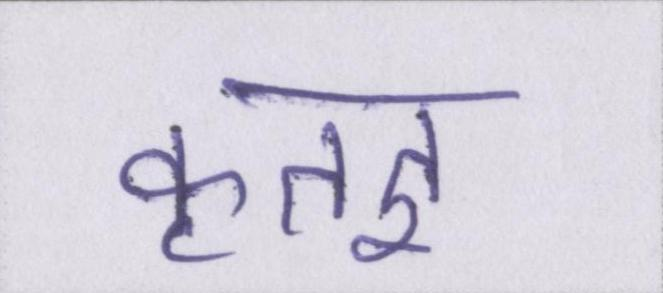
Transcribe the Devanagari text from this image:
कृतज्ञ